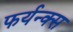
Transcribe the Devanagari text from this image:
फर्यन्क्स